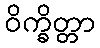
ဝိက္ခိတ္တာ